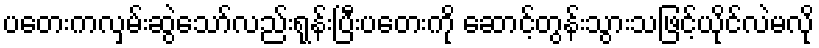
ပတေးကလှမ်းဆွဲသော်လည်းရုန်းပြီးပတေးကို ဆောင့်တွန်းသွားသဖြင့်ယိုင်လဲမလို